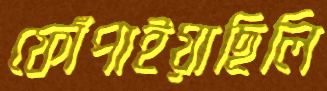
ফোঁপাইয়াছিলি